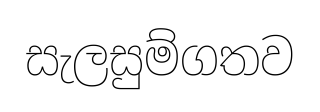
සැලසුම්ගතව